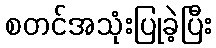
စတင်အသုံးပြုခဲ့ပြီး